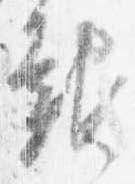
報